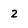
Character: 2